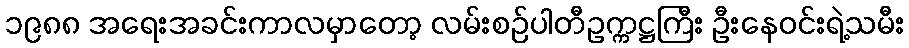
၁၉၈၈ အရေးအခင်းကာလမှာတော့ လမ်းစဉ်ပါတီဥက္ကဋ္ဌကြီး ဦးနေဝင်းရဲ့သမီး